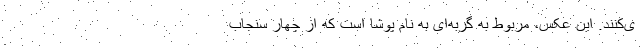
ی‌کنند. این عکس، مربوط به گربه‌ای به نام پوشا است که از چهار سنجاب